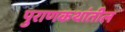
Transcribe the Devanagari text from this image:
पुराणकथांतील